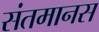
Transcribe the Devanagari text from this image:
संतमानस